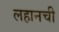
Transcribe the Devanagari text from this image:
लहानची